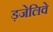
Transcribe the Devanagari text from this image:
ड़जेलिवे